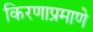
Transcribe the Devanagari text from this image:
किरणाप्रमाणे